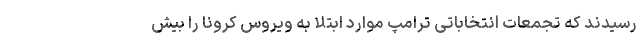
رسیدند که تجمعات انتخاباتی ترامپ موارد ابتلا به ویروس کرونا را بیش